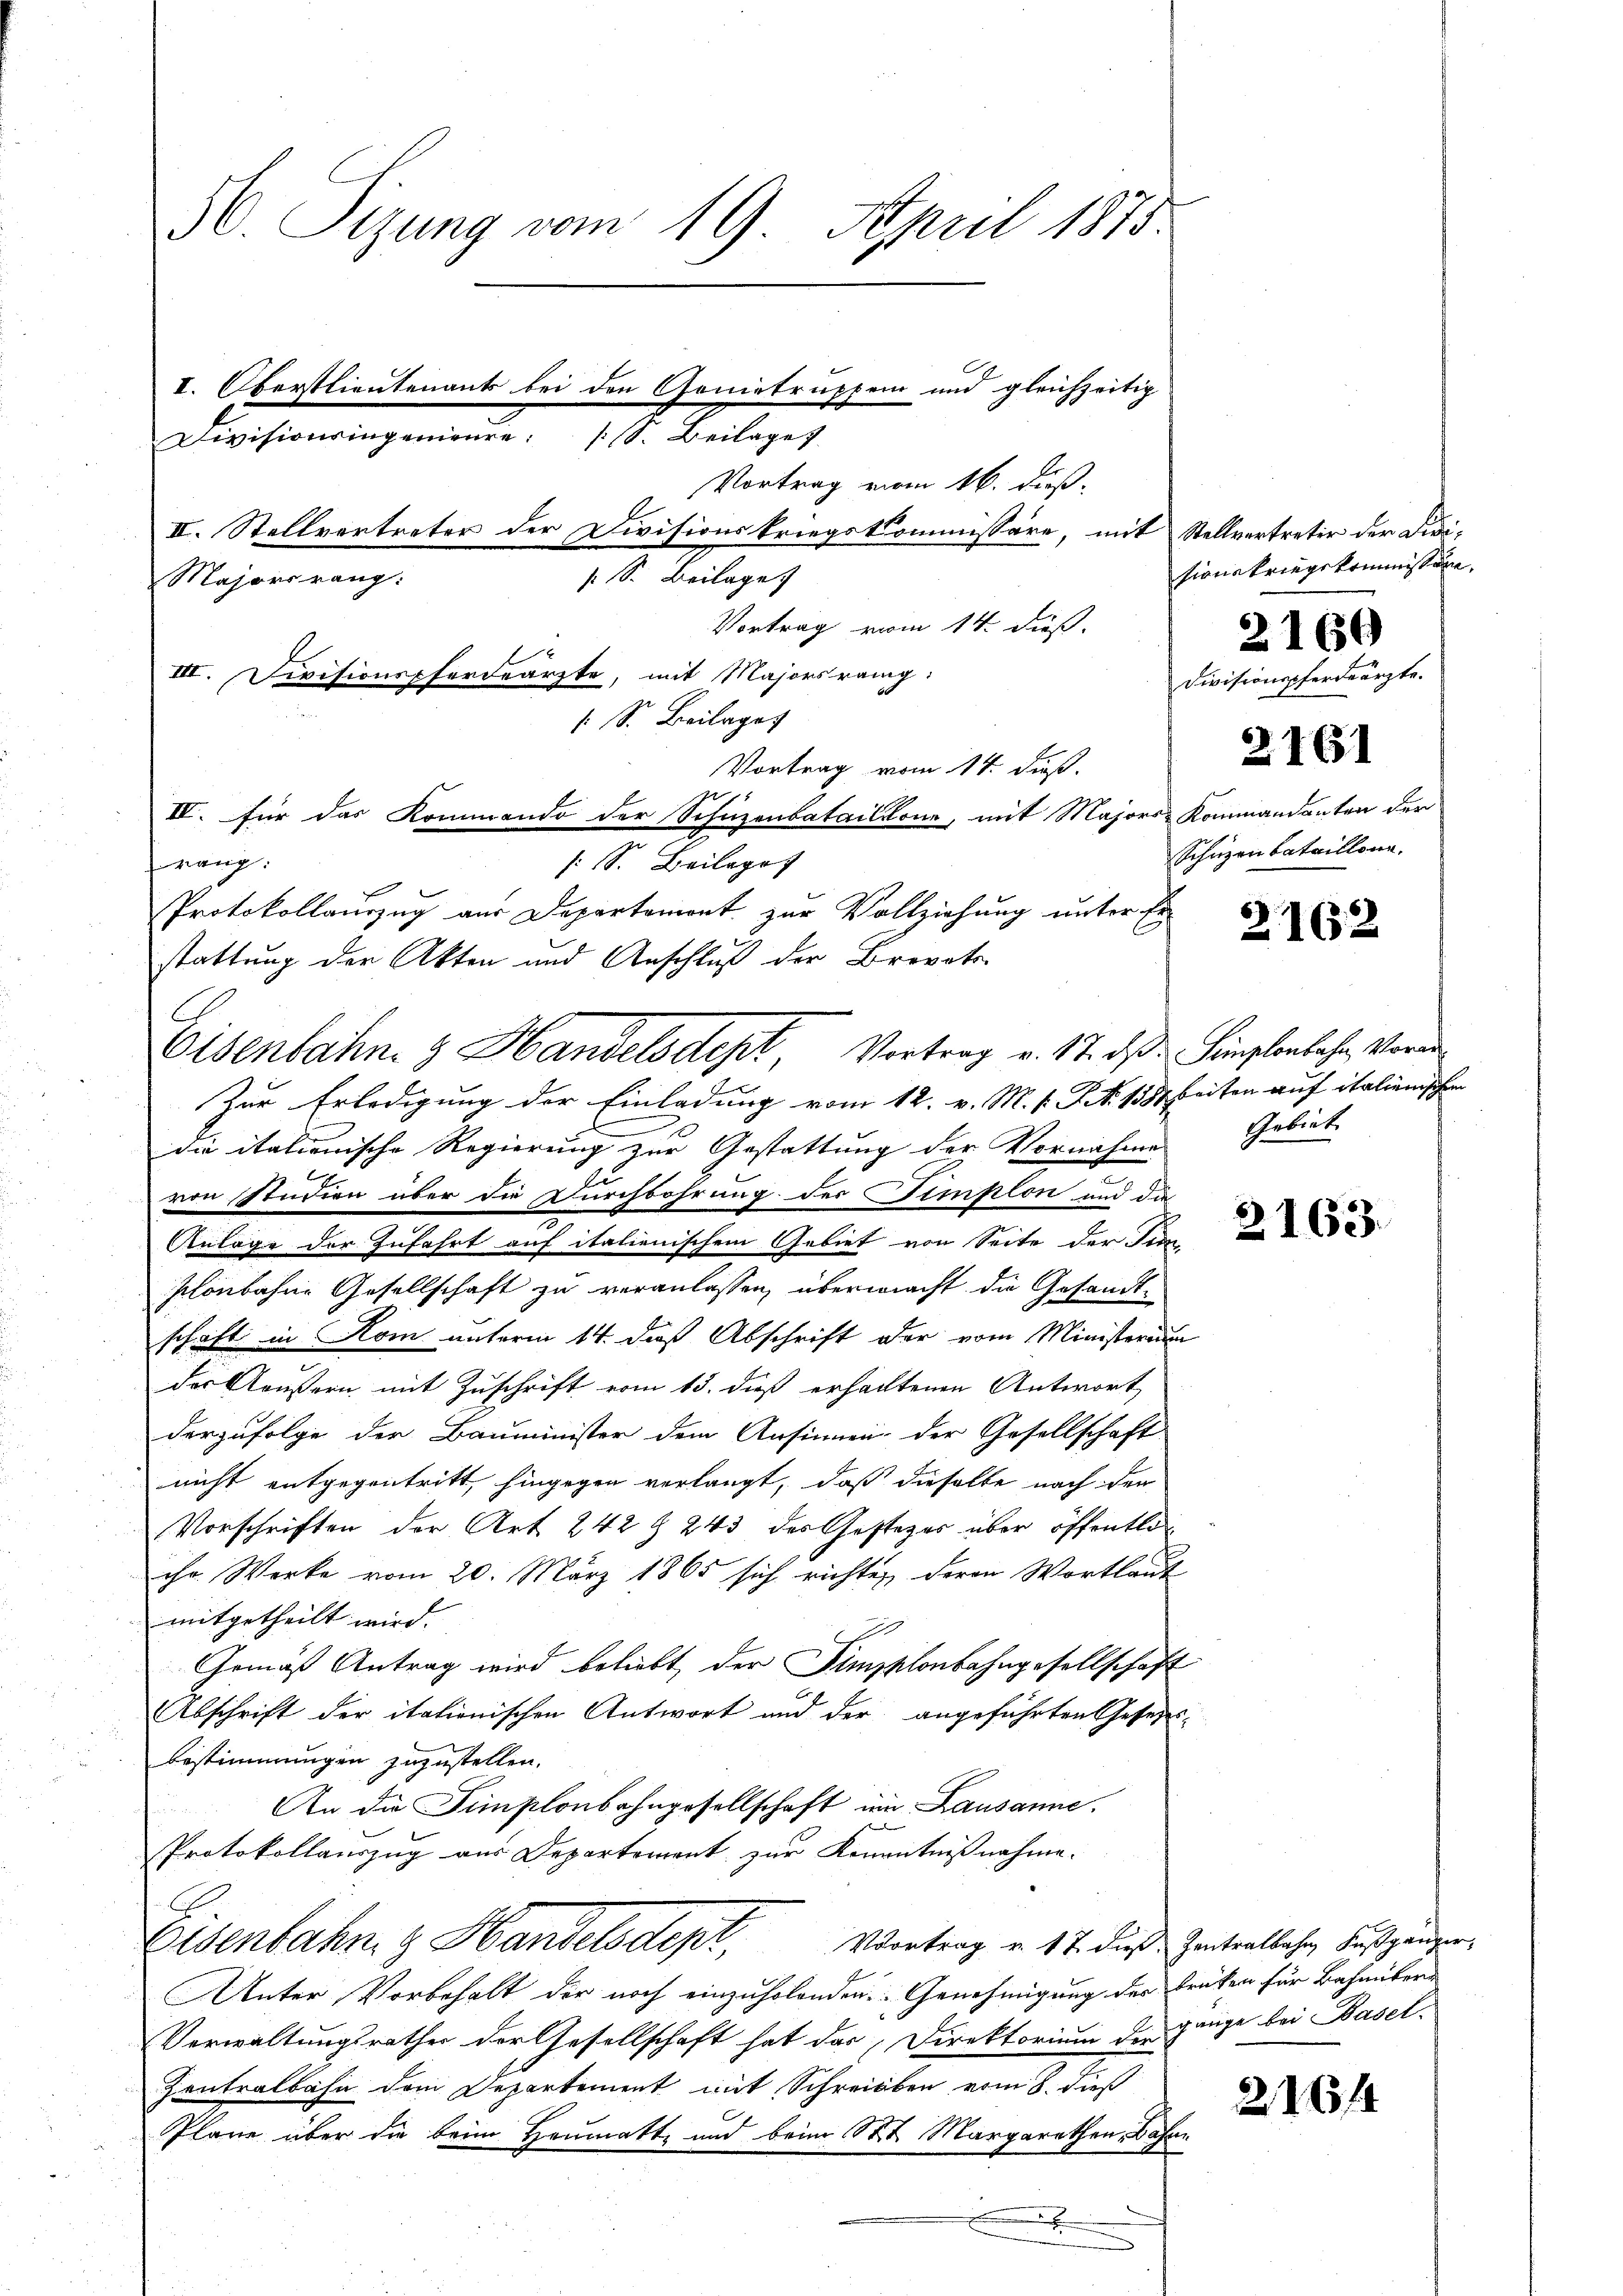
50. Sizung vom 19. April 1875
I. Oberstlieutenants bei den Gonietruppen und gleichzeitig
Divisionsingenieure S. Beilage
Vortrag vom 16. dieß.
II. Stellvertreter der Divisionskriegskommissäre, mit Stellvertreter der Didi¬
: S. Beilage
Majorsrang:

Vortrag vom 14. dieß.
Vortrag vom 14. Fuß.
franz.
: S. Beilage
Protokollauszug aus Departemont zur Vollziehung unter Er-
stattung der Akten und Anschluß der Brevets-
Zur Erledigung der Einladung vom 12. v. M. s. Zt. 158 beiten auf italienischen
die italienische Regierung zur Gestattung der Vornahme
von Studien über die Durchbohrung der Simplon und da
Anlage der Zufahrt auf italienischem Gebiet von Seite der Jun
plonbahne Gesellschaft zu veranlassen, übermacht die Gesandtschaft in Rom unterm 14. daß Abschrift der vom Ministerium
der Aeußern mit Zuschrift vom 15. dieß erhaltenen Antwort
derzufolge der Bauminister dem Ansinnen, der Gesellschaft
nicht entgegentritt hingegen verlangt, daß dieselbe nach den
Vorschriften der Art. 242 § 243 des Gesteges über öffentlo
ihr Werke vom 20. März 1865 sich richten, deren Wortlaut
mitgetheilt wird.
Gemäß Antrag wird beliebt, der Simpplonbahngesellschaft
Abschrift der itationischen Antwort und der angeführten Gesezes-
bestimmungen zuzustellen.
An die Simplonbahngesellschaft im Lausanne.
n
Protokollauszug aus Departement zur Kamnntnißnahme.
Eisenbahn & Handelsdept, Vortrag v. 17. dies Zeiteatbahn Fußgänger,
Unter Vorbehalt der noch einzuholenden Genehmigung der Brüken für Bahnübern
Verwaltungsrathes der Gesellschaft hat das Direktorium der ginge bei Basel¬
Zentralbahn dem Departement mit Schreiben vom 8. dieß
Pläne über die beim Heumatte und beim St. Margarethen, Base
u
x

x
III. Divisionspferdearzte, mit Majorsrang:
 S. Beilagef
IV. für das Kommando der Schuzenbataillone, mit Majors-Kommandanten der

Eisenbahn- & Handelsdept, Vortrag v. 17. des Semplonbahn, Voran

sione kriegekommissar,
Divisionspferdeärzte.
2161
Schäzenbataillone,

u

2160

2162

Gebiet

2163.

21644